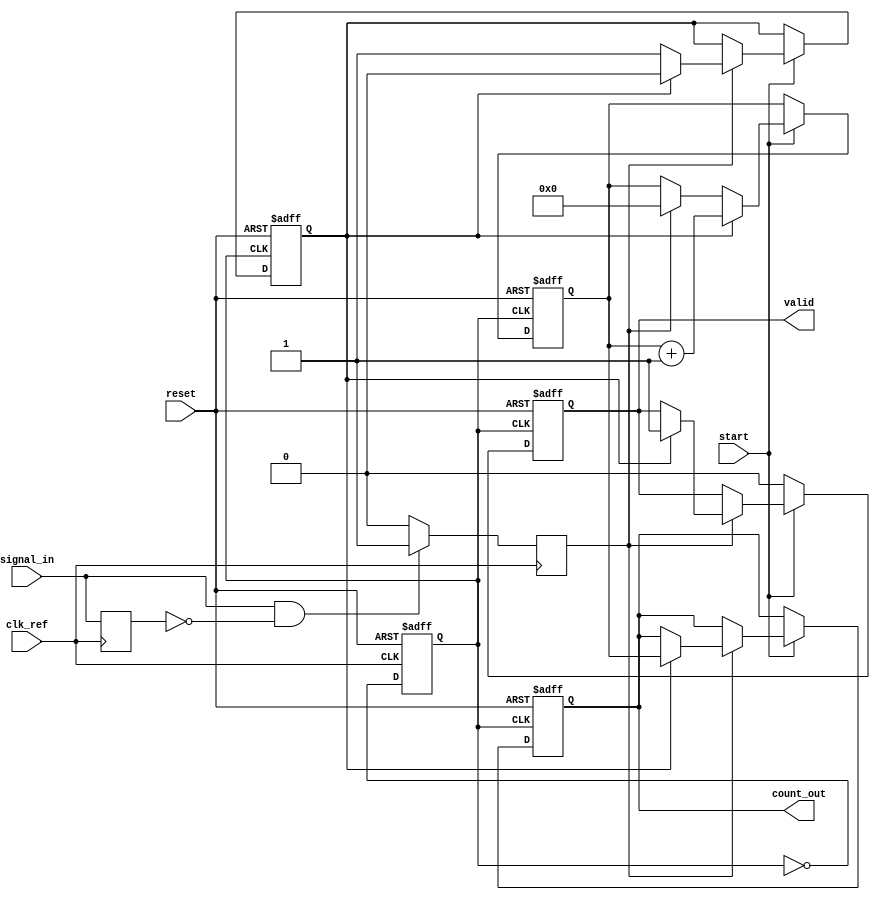
module TDC_PLL (
    input wire clk_ref,         // Reference clock input
    input wire signal_in,       // Input signal for time measurement
    input wire start,           // Start measurement signal
    input wire reset,           // Reset signal
    output reg [15:0] count_out, // Digital output register for counted value
    output reg valid            // Output valid signal
);

    // PLL parameters
    parameter PLL_MULTIPLIER = 4; // Multiplier for VCO frequency
    reg clk_out;                  // Output clock from PLL
    reg [15:0] counter;           // Counter for clock cycles
    reg edge_detected;            // Edge detection flag
    reg measuring;                // Measurement state

    // PLL simulation (for demonstration purposes)
    always @(posedge clk_ref or posedge reset) begin
        if (reset) begin
            clk_out <= 0;
        end else begin
            // Simple PLL simulation: toggle output clock based on reference clock
            clk_out <= ~clk_out;
        end
    end

    // Edge Detector
    reg signal_in_prev;
    always @(posedge clk_ref) begin
        signal_in_prev <= signal_in;
        if (signal_in && !signal_in_prev) begin
            edge_detected <= 1; // Rising edge detected
        end else begin
            edge_detected <= 0;
        end
    end

    // Counting mechanism
    always @(posedge clk_out or posedge reset) begin
        if (reset) begin
            counter <= 0;
            measuring <= 0;
            count_out <= 0;
            valid <= 0;
        end else if (start) begin
            if (edge_detected) begin
                if (!measuring) begin
                    measuring <= 1; // Start measuring
                    counter <= 0; // Reset counter
                end else begin
                    measuring <= 0; // Stop measuring
                    count_out <= counter; // Store count value
                    valid <= 1; // Indicate valid output
                end
            end
            if (measuring) begin
                counter <= counter + 1; // Increment counter
            end
        end else begin
            valid <= 0; // Reset valid signal if not measuring
        end
    end

endmodule